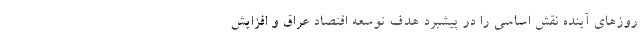
روزهای آینده نقش اساسی را در پیشبرد هدف توسعه اقتصاد عراق و افزایش